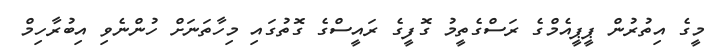
މީގެ އިތުރުން ޕީޕީއެމްގެ ރަސްގެތީމު ގޮފީގެ ރައީސްގެ ގޮތުގައި މިހާތަނަށް ހުންނެވި އިބުރާހިމް